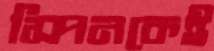
স্পিনকেই